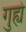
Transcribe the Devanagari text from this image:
गुह्यं